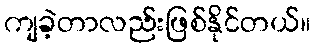
ကျခဲ့တာလည်းဖြစ်နိုင်တယ်။